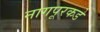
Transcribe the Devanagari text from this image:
नागपूरकडे